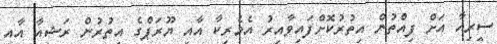
ސީރިއާ އަށް ފިއްތުން އިތުރުކޮށްފައިވާއިރު އެމެރިކާ އާއި ޔޫރަޕްގެ އިތުރުން ރަޝިއާ އާއި